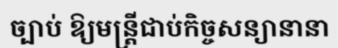
ច្បាប់ ឱ្យមន្ត្រីជាប់កិច្ចសន្យានានា